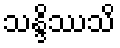
သန္ဒိဿသိ